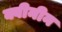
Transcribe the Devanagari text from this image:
क्वीनीन